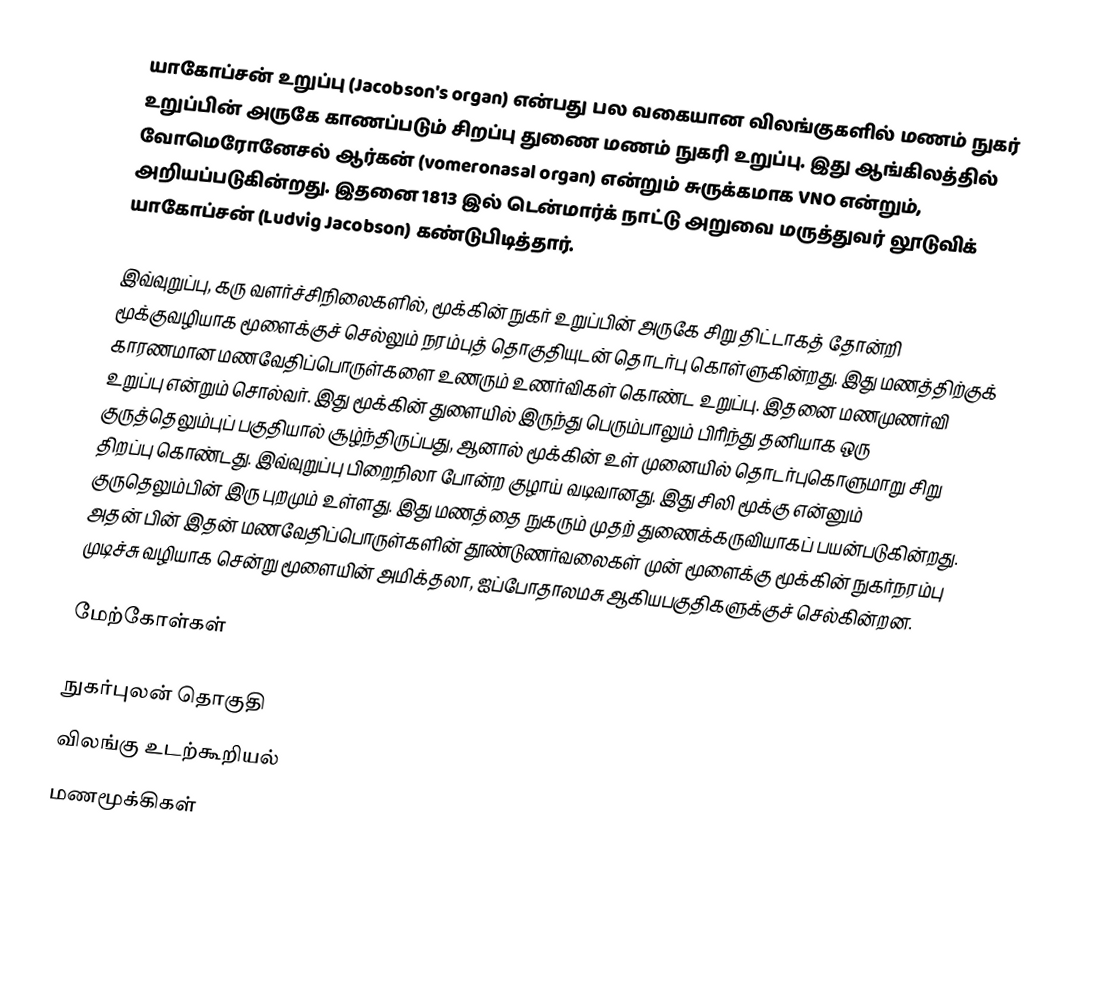
யாகோப்சன் உறுப்பு (Jacobson's organ) என்பது பல வகையான விலங்குகளில் மணம் நுகர் உறுப்பின் அருகே காணப்படும் சிறப்பு துணை மணம் நுகரி உறுப்பு. இது ஆங்கிலத்தில் வோமெரோனேசல் ஆர்கன்  (vomeronasal organ) என்றும் சுருக்கமாக VNO என்றும், அறியப்படுகின்றது. இதனை 1813 இல் டென்மார்க் நாட்டு அறுவை மருத்துவர் லூடுவிக் யாகோப்சன் (Ludvig Jacobson) கண்டுபிடித்தார்.

இவ்வுறுப்பு, கரு வளர்ச்சிநிலைகளில், மூக்கின் நுகர் உறுப்பின் அருகே சிறு திட்டாகத் தோன்றி மூக்குவழியாக மூளைக்குச் செல்லும் நரம்புத் தொகுதியுடன் தொடர்பு கொள்ளுகின்றது. இது மணத்திற்குக் காரணமான மணவேதிப்பொருள்களை உணரும் உணர்விகள் கொண்ட உறுப்பு. இதனை மணமுணர்வி உறுப்பு என்றும் சொல்வர். இது மூக்கின் துளையில் இருந்து பெரும்பாலும் பிரிந்து தனியாக ஒரு குருத்தெலும்புப் பகுதியால் சூழ்ந்திருப்பது, ஆனால் மூக்கின் உள் முனையில் தொடர்புகொளுமாறு சிறு திறப்பு கொண்டது. இவ்வுறுப்பு பிறைநிலா போன்ற குழாய் வடிவானது. இது சிலி மூக்கு என்னும் குருதெலும்பின் இரு புறமும் உள்ளது. இது மணத்தை நுகரும் முதற் துணைக்கருவியாகப் பயன்படுகின்றது. அதன் பின் இதன் மணவேதிப்பொருள்களின் தூண்டுணர்வலைகள் முன் மூளைக்கு மூக்கின் நுகர்நரம்பு முடிச்சு வழியாக சென்று மூளையின் அமிக்தலா, ஐப்போதாலமசு ஆகியபகுதிகளுக்குச் செல்கின்றன.

மேற்கோள்கள்

நுகர்புலன் தொகுதி
விலங்கு உடற்கூறியல்
மணமூக்கிகள்